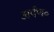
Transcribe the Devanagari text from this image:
अर्पण॰